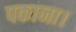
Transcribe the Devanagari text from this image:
पकाना।